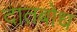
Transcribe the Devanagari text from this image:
दातबोध